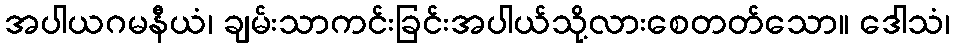
အပါယဂမနီယံ၊ ချမ်းသာကင်းခြင်းအပါယ်သို့လားစေတတ်သော။ ဒေါသံ၊